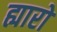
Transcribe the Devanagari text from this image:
ह्यारो